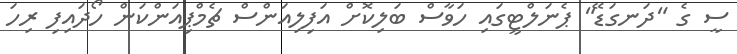
ސީ ގެ "ދަނގަޑޭ" ޕެނަލްޓީގައި ހަވާސް ބަލިކޮށް އަފިލިއަންސް ޗެމްޕިއަންކަން ހޯދައިފި ރިހަ